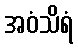
အဝံသိရံ